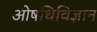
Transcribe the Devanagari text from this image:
ओषधिविज्ञान